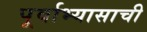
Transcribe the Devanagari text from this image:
पूर्वाभ्यासाची